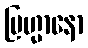
ဗြဟ္မာနော